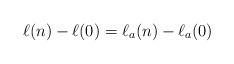
LaTeX: \begin{align*} \ell(n)-\ell(0) = \ell_a(n) - \ell_a(0) \end{align*}